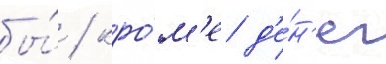
бы́ / кро́м'е д'е́н'ег